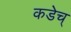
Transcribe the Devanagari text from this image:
कडेच्